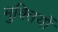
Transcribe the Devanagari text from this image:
मुक्तियों